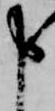
申